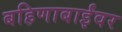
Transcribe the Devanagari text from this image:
बहिणाबाईंवर